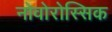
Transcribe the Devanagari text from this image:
नोवोरोस्सिक